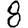
Digit: 8